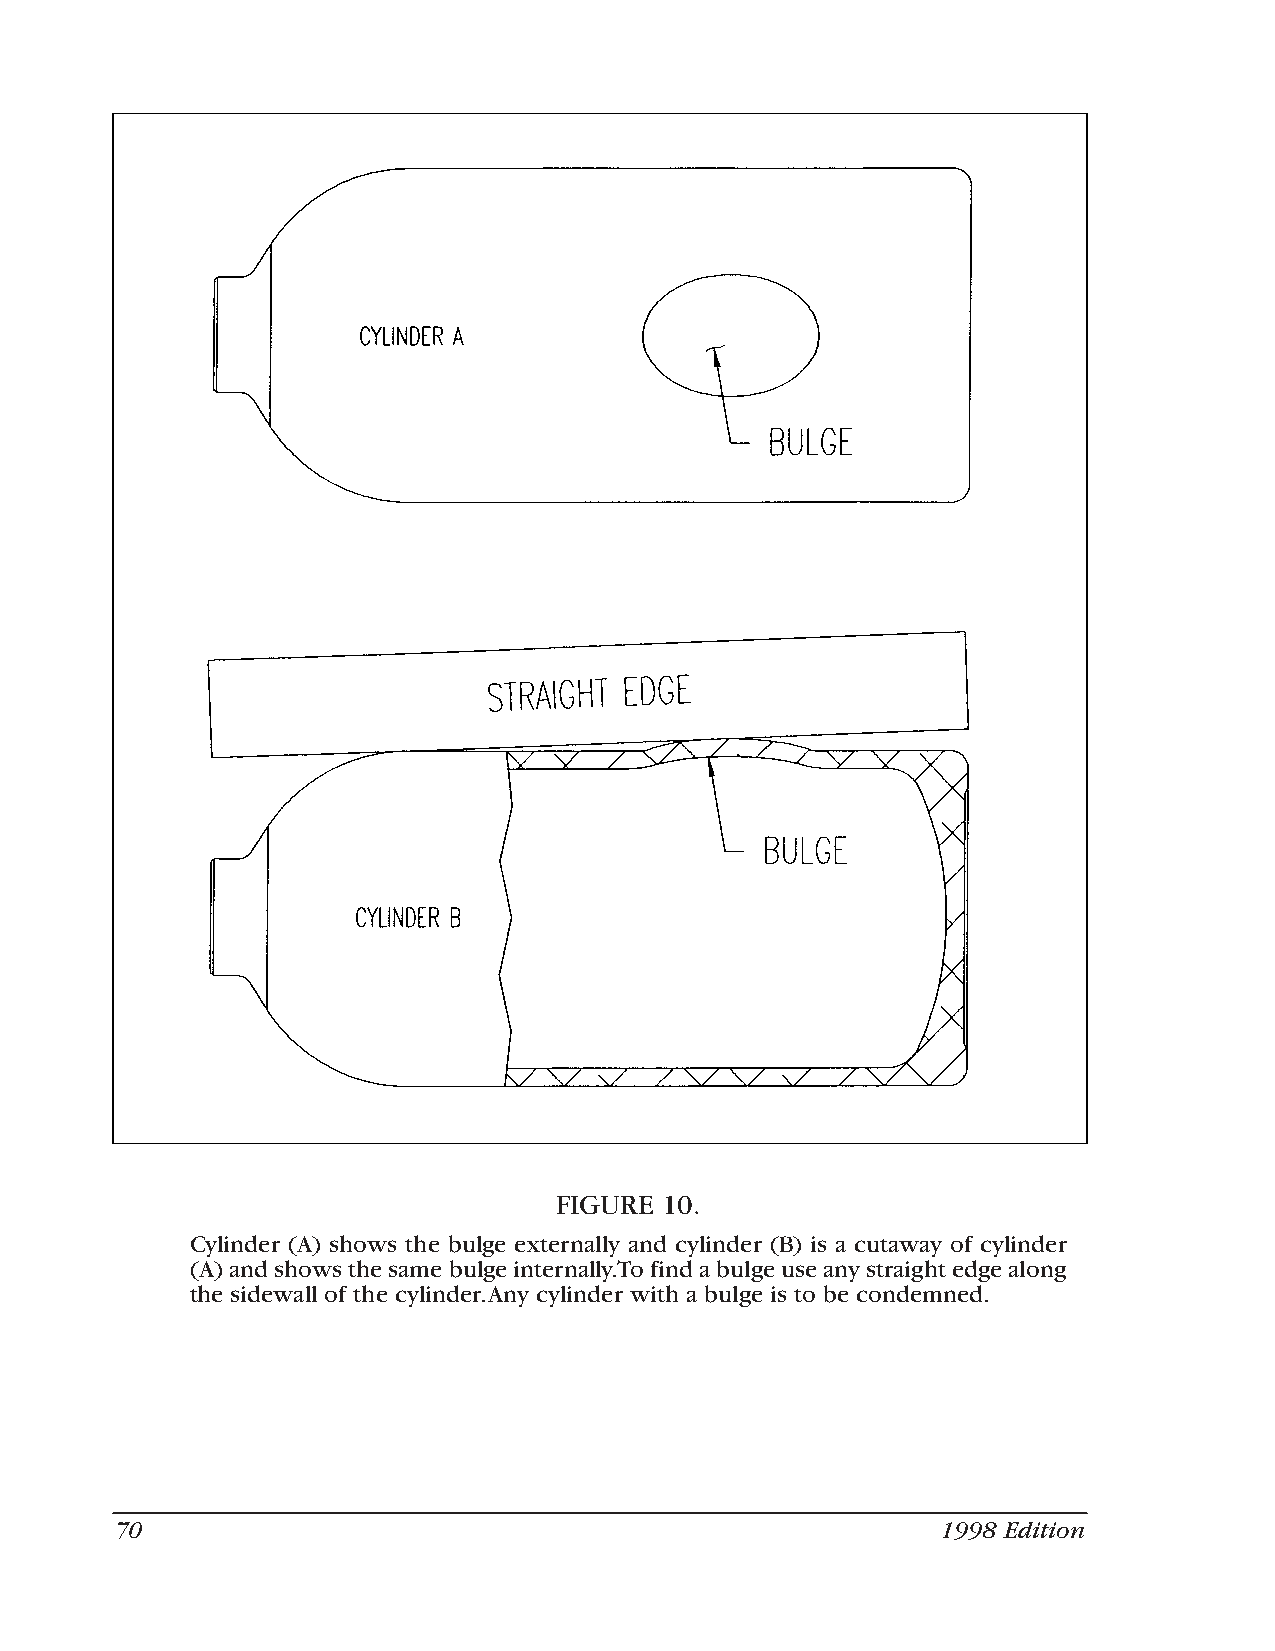
FIGURE 10.
 Cylinder (A) shows the bulge externally and cylinder (B) is a cutaway of cylinder
 (A) and shows the same bulge internally.To find a bulge use any straight edge along
 the sidewall of the cylinder.Any cylinder with a bulge is to be condemned.
 70                                                    1998 Edition